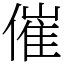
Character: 催